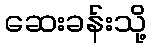
ဆေးခန်းသို့